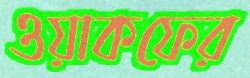
ওয়াকফের